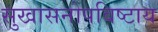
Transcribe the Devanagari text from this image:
सुखासनोपविष्टाय